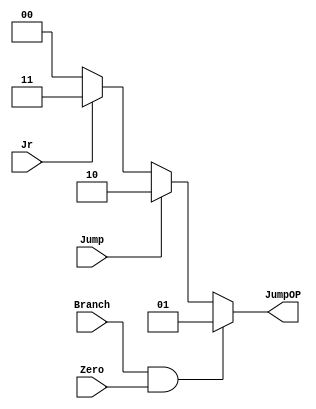
// Jump_Ctrl

module Jump_Ctrl( Zero,
                  JumpOP,
				  // write your code in here
				  Branch,
				  Jump,
				  Jr
				  );

    input Zero;
	output [1:0] JumpOP;
	
	// write your code in here
	input Branch;
	input Jump;
	input Jr;

	assign JumpOP = (Branch && Zero) ? 1 :
	                 Jump            ? 2 :
	                 Jr              ? 3 : 0;
	
endmodule